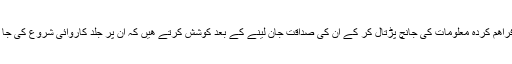
ھم ان فراھم کردہ معلومات کی جانچ پڑتال کر کے ان کی صداقت جان لينے کے بعد کوشش کرتے ھيں کہ ان پر جلد کاروائی شروع کی جا سکے۔